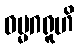
ဓမ္မဂရူဟိ